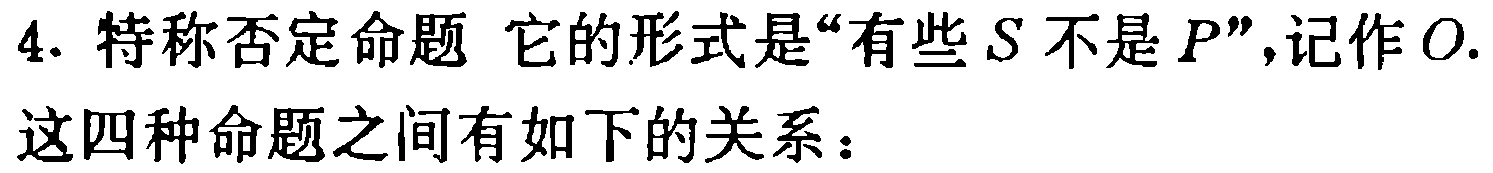
4. 特称否定命题 它的形式是“有些\(S\)不是\(P\)”，记作\(O\).
这四种命题之间有如下的关系：